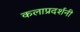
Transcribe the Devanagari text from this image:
कलाप्रदर्शनी